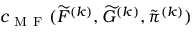
c _ { \mathrm { ~ M ~ F ~ } } ( \widetilde { F } ^ { ( k ) } , \widetilde { G } ^ { ( k ) } , \tilde { \pi } ^ { ( k ) } )